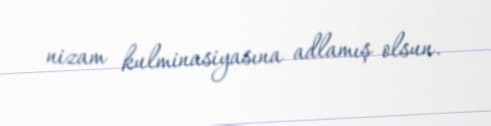
nizam kulminasiyasına adlamış olsun.